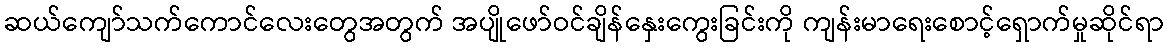
ဆယ်ကျော်သက်ကောင်လေးတွေအတွက် အပျိုဖော်ဝင်ချိန်နှေးကွေးခြင်းကို ကျန်းမာရေးစောင့်ရှောက်မှုဆိုင်ရာ